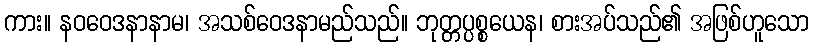
ကား။ နဝဝေဒနာနာမ၊ အသစ်ဝေဒနာမည်သည်။ ဘုတ္တပ္ပစ္စယေန၊ စားအပ်သည်၏ အဖြစ်ဟူသော